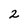
Character: 2